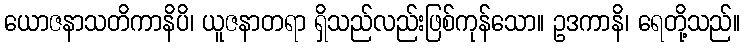
ယောဇနာသတိကာနိပိ၊ ယူဇနာတရာ ရှိသည်လည်းဖြစ်ကုန်သော။ ဥဒကာနိ၊ ရေတို့သည်။